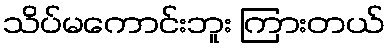
သိပ်မကောင်းဘူး ကြားတယ်